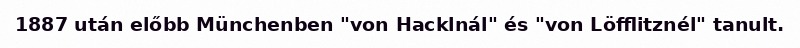
1887 után előbb Münchenben "von Hacklnál" és "von Löfflitznél" tanult.